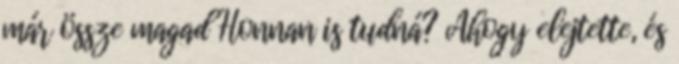
már össze magad Honnan is tudná? Ahogy elejtette, és